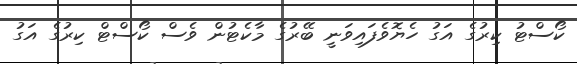
ކޯސްޓު ކިރުގެ އަގު ހެޔޮވެފައިވަނީ ބޭރުގެ މާކެޓުން ވެސް ކޯސްޓް ކިރުގެ އަގު